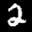
Label: 2